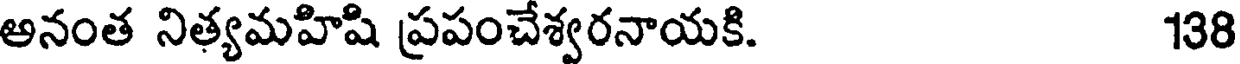
అనంత నిత్యమహిషి ప్రపంచేశ్వరనాయకి. 138